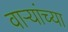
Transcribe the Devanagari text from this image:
वाऱ्यांच्या